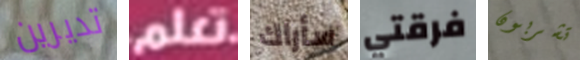
تديرين تعلم سأراك فرقتي تشربون